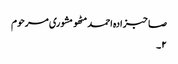
صاحبزادہ احمد مٹھو مشوری مرحوم
۲۔